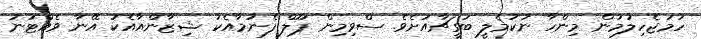
ހަމަޖެހިލުމުން މިންހާ ނުކުމެލީ ބަގީޗާއަށެވެ. ސްވިމިން ޕޫލް ފެނުމާއެކު ޝިޒާންއާއެކު އޭނާ ވެއްޓުނު